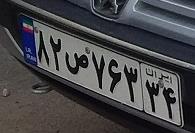
۸۲ص۷۶۳۳۴